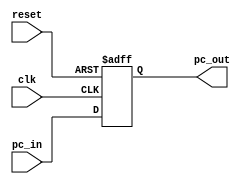
`timescale 1ps/1ps
module program_counter(clk, reset, pc_out, pc_in);
  
parameter d_width = 12;

input                     reset;
input                     clk;
input  [d_width-1:0]      pc_in;


output [d_width-1:0]      pc_out;
   
reg    [d_width-1:0]      pc_out;

always@(posedge clk or negedge reset)
begin
      if(reset != 1)
      begin
      pc_out <= 0;
      end
      
      else
		begin
      pc_out <= pc_in;
      end
      $display("PC: %d", pc_out);
end
endmodule